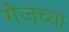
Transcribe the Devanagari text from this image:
गेजच्या